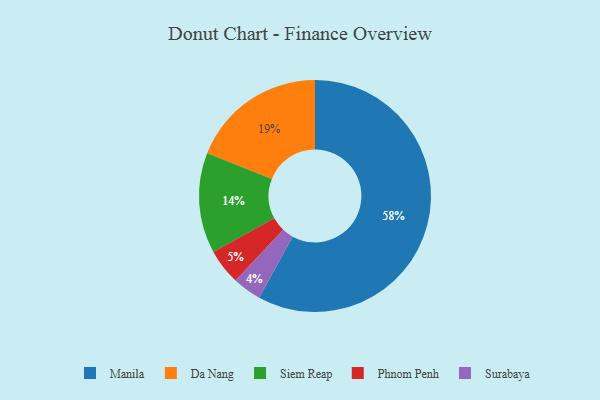
{"axis": {"x": "Category", "y": "Percentage"}, "legend": ["Da Nang", "Manila", "Phnom Penh", "Siem Reap", "Surabaya"], "data": [{"x": "Siem Reap", "y": 14, "type": "Siem Reap"}, {"x": "Da Nang", "y": 19, "type": "Da Nang"}, {"x": "Surabaya", "y": 4, "type": "Surabaya"}, {"x": "Manila", "y": 58, "type": "Manila"}, {"x": "Phnom Penh", "y": 5, "type": "Phnom Penh"}]}